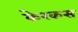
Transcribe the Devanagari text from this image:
केरकस